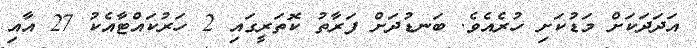
އަދަދަކަށް މަޑުކަށި ހުރެއެވެ. ބަނޑުދަށް ފަރާތު ކޮތަރީގައި 2 ހަރުކައްޓާއެކު 27 އާއި